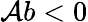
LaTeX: \mathcal{A}b<0